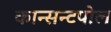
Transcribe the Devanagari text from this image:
कान्सन्टपोल